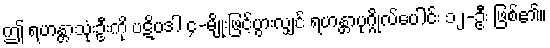
ဤ ရဟန္တာသုံးဦးကို ပဋိပဒါ ၄-မျိုးဖြင့်ပွားလျှင် ရဟန္တာပုဂ္ဂိုလ်ပေါင်း ၁၂-ဦး ဖြစ်၏။